Bombay plague: being a history of the progress of plague in the Bombay presidency from September 1896 to June 1899
Year: 1896
Disease focus: Plague
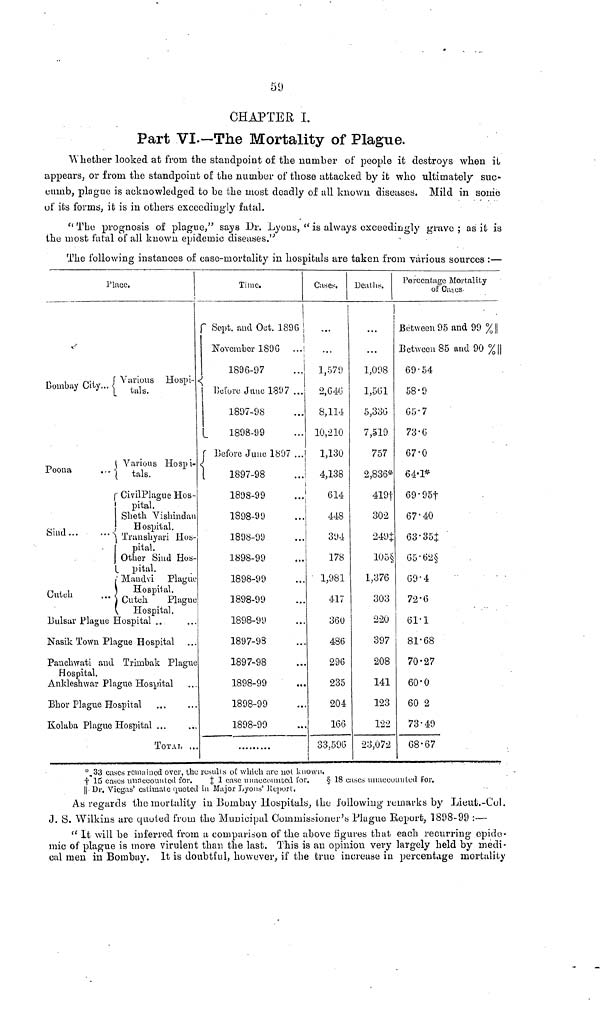
59
CHAPTER I.
Part VI.-The Mortality of Plague.
Whether looked at from the standpoint of the number of people it destroys when it
appears, or from the standpoint of the number of those attacked by it who ultimately suc-
cumb, plague is acknowledged to be the most deadly of all known diseases. Mild in some
of its forms, it is in others exceedingly fatal.
" The prognosis of plague," says Dr. Lyons, " is always exceedingly grave ; as it is
the most fatal of all known epidemic diseases."
The following instances of ease-mortality in hospitals are taken from various sources :—
Place.
Various Hospi-
Bombay City...
tals.
Various Hospi-
Poona
...{
tals.
Civil Plague Hos-
pital.
Sheth Vishindan
Hospital.
Sind ...
...{
Transhyari Hos-
pital.
Other Sind Hos-
pital.
Mandvi Plague
Hospital.
Cutch
Plague
Hospital.
Bulsar Plague Hospital ..
Nasik Town Plague Hospital
Panchwati and Trimbak Plague
Hospital.
Ankleshwar Plague Hospital
Bhor Plague Hospital
Kolaba Plague Hospital ...
TOTAL ...
Time.
Sept. and Oct. 1896
November 1896 ...
1896-97
Before June 1897 ...
1897-98
1898-99
Before June 1897 ...
1897-98
...
1898-99
...
1898-99
1898-99
1898-99
1898-99
1898-99
1898-99
1897-93
1897-98
1898-99
1898-99
1898-99
Cases.
...
1,579
2,646
8,114
10,210
1,130
4,138
614
448
394
178
1,981
417
360
486
296
235
204
166
33,596
Deaths.
...
1,098
1,561
5,336
7,519
757
2,836*
419
302
249‡
105§
1,376
303
220
397
208
141
123
122
23,072
Percentage Mortality
of Cases
Between 95 and 99 %||
Between 85 and 90 %||
69.54
58.9
65.7
73.6
67.0
64.1*
69.95†
67.40
63.35‡
65.62§
69.4
72.6
61.1
81.68
70.27
60.0
60 2
73.49
68.67
* 33 cases remained over, the results of which arc not known.
† 15 cases unaccounted for. ‡ 1 case unaccounted for.
§ 18 cases unaccunted for.
|| Dr. Viegas' estimate quoted in Major Lyons' Report.
As regards the mortality in Bombay Hospitals, the following remarks by Lieut.-Col.
J. S. Wilkins are quoted from the Municipal Commissioner's Plague Report, 1898-99 :—
" It will be inferred from a comparison of the above figures that each recurring epide-
mic of plague is more virulent than the last. This is an opinion very largely held by medi-
cal men in Bombay. It is doubtful, however, if the true increase in percentage mortality